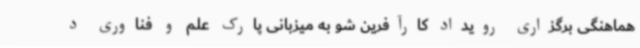
هماهنگی برگزاری رویداد کارآفرین شو به میزبانی پارک علم و فناوری د